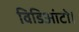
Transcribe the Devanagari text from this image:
विडिआंटो।